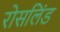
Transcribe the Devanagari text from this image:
रोसलिंड